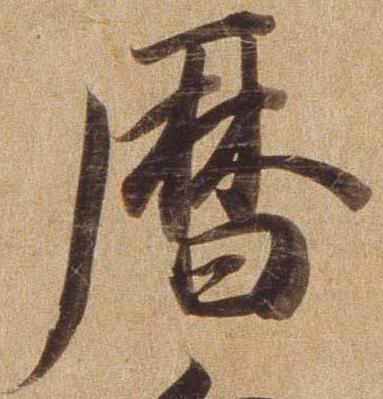
暦